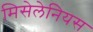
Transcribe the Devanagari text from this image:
मिसेलेनियस